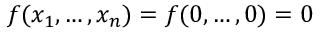
f ( x _ { 1 } , \dots , x _ { n } ) = f ( 0 , \dots , 0 ) = 0